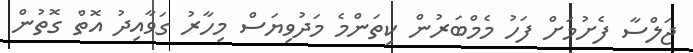
ޖަލްސާ ފެށުމަށް ފަހު މެމްބަރުން ކިތަންމެ މަދުވިޔަސް މިހާރު ގަވާއިދު އޮތް ގޮތުން